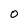
Character: 0